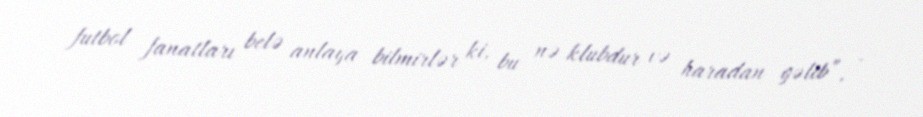
futbol fanatları belə anlaya bilmirlər ki, bu nə klubdur və haradan gəlib”, -